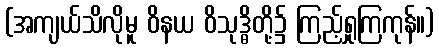
(အကျယ်သိလိုမူ ဝိနယ ဝိသုဒ္ဓိတို့၌ ကြည့်ရှုကြကုန်။)